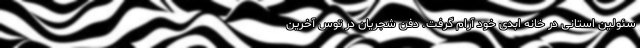
سئولین استانی در خانه ابدی خود‌ آرام گرفت. دفن شجریان در توس آخرین